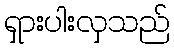
ရှားပါးလှသည်